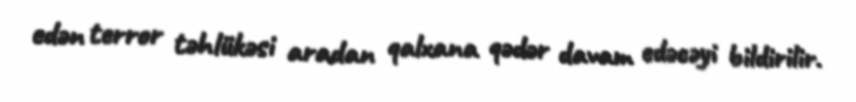
edən terror təhlükəsi aradan qalxana qədər davam edəcəyi bildirilir.